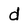
Character: d